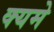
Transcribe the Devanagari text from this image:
क्यमे